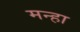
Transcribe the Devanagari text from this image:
मन्हा